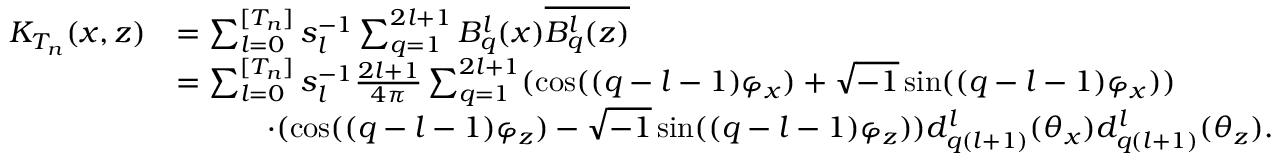
\begin{array} { r l } { K _ { T _ { n } } ( x , z ) } & { = \sum _ { l = 0 } ^ { [ T _ { n } ] } s _ { l } ^ { - 1 } \sum _ { q = 1 } ^ { 2 l + 1 } B _ { q } ^ { l } ( x ) \overline { { B _ { q } ^ { l } ( z ) } } } \\ & { = \sum _ { l = 0 } ^ { [ T _ { n } ] } s _ { l } ^ { - 1 } \frac { 2 l + 1 } { 4 \pi } \sum _ { q = 1 } ^ { 2 l + 1 } ( \cos ( ( q - l - 1 ) \varphi _ { x } ) + \sqrt { - 1 } \sin ( ( q - l - 1 ) \varphi _ { x } ) ) } \\ & { \qquad \quad \cdot ( \cos ( ( q - l - 1 ) \varphi _ { z } ) - \sqrt { - 1 } \sin ( ( q - l - 1 ) \varphi _ { z } ) ) d _ { q ( l + 1 ) } ^ { l } ( \theta _ { x } ) d _ { q ( l + 1 ) } ^ { l } ( \theta _ { z } ) . } \end{array}